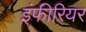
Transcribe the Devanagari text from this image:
इंफीरियर